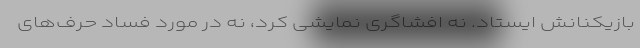
بازیکنانش ایستاد. نه افشاگری نمایشی کرد، نه در مورد فساد حرف‌های